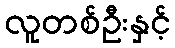
လူတစ်ဦးနှင့်